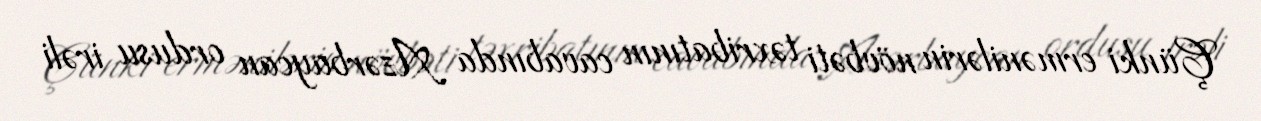
Çünki ermənilərin növbəti təxribatının cavabında Azərbaycan ordusu irəli